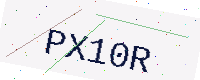
Text: PX10R